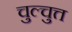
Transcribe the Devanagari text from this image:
चुल्चुत्त